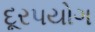
દૂરપયોગ